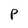
Character: P